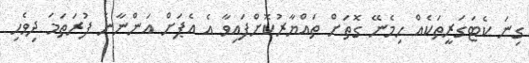
ގިނަ ކެޓަގަރީތަކެއް ހިމެނޭ ގޮތަށް ތައްޔާރުކޮށްފައިވާ އެ އެޕަށް އަންނާނެ ފުރަތަމަ ދިވެހި